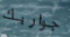
جواربك